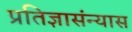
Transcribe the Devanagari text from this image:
प्रतिज्ञासंन्यास